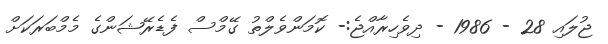
ޖުލައި 28 - 1986 - ދިވެހިރާއްޖެ:- ކޮމަންވެލްތު ގޭމްސް ފެޑެރޭޝަންގެ މެމްބަރަކަށް